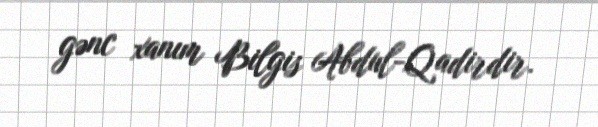
gənc xanım Bilgis Abdul-Qadirdir.